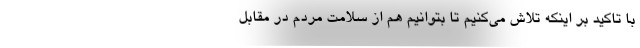
با تاکید بر اینکه تلاش می‌کنیم تا بتوانیم هم از سلامت مردم در مقابل